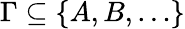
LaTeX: \Gamma\subseteq\{ A,B,\ldots\}